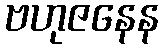
ဗဟုဇနေန